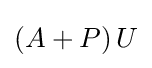
\left(A+P\right)U